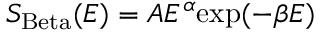
S _ { \mathrm { B e t a } } ( E ) = A E ^ { \alpha } \mathrm { e x p } ( - \beta E )